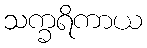
သက္ခရိကာယ